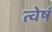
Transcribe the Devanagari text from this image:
त्वेषं